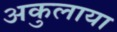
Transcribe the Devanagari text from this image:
अकुलाया